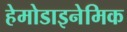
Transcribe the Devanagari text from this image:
हेमोडाइनेमिक